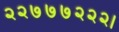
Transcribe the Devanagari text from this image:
२२७७७२२२।